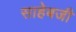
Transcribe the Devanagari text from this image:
साहेबजी